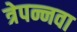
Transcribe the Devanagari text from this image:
त्रेपन्नवा